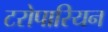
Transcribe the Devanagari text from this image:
टरोपारियन